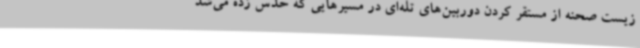
زیست صحنه از مستقر کردن دوربین‌های تله‌ای در مسیرهایی که حدس زده می‌شد